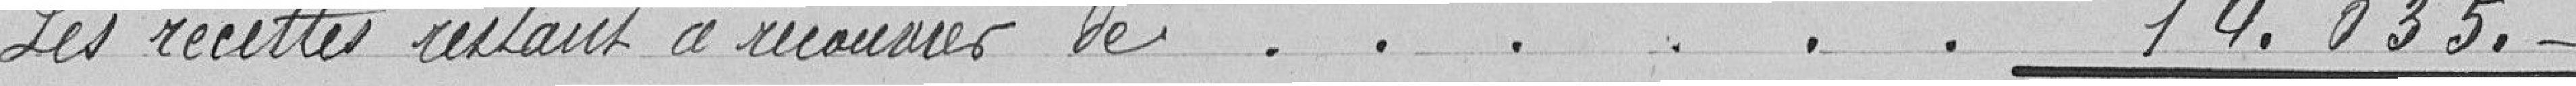
Les recettes restant à recouvrir de ........ 14.035 francs